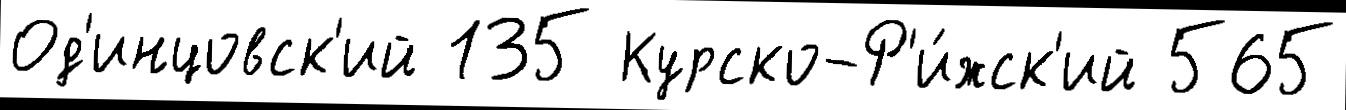
Од'инцовск'ий 135 Курско-Р'и́жск'ий 565